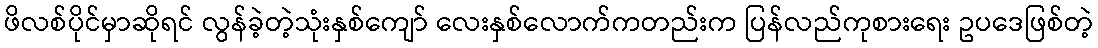
ဖိလစ်ပိုင်မှာဆိုရင် လွန်ခဲ့တဲ့သုံးနှစ်ကျော် လေးနှစ်လောက်ကတည်းက ပြန်လည်ကုစားရေး ဥပဒေဖြစ်တဲ့